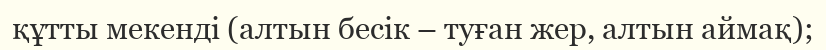
құтты мекенді (алтын бесік – туған жер, алтын аймақ);